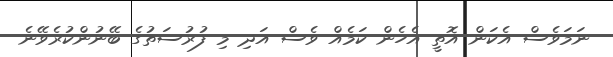
ނަމަވެސް އެކަން އޮތީ އެހެން ކަމެއް ވެސް އަދި މި ފުރުސަތުގެ ބޭނުންކުރެވޭނެ